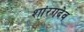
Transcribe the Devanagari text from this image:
शांरगदेव